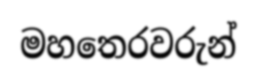
මහතෙරවරුන්